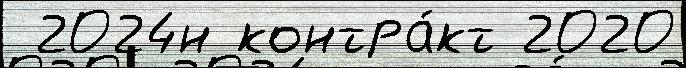
 2024н контра́кт 2020